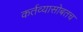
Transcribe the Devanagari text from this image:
कर्तव्यासोबतच